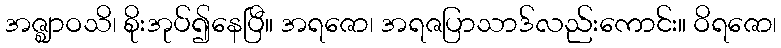
အဇ္ဈာဝသိ၊ စိုးအုပ်၍နေပြီ။ အရဇော၊ အရဇပြာသာဒ်လည်းကောင်း။ ဝိရဇော၊